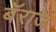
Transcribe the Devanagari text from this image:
बॅराज